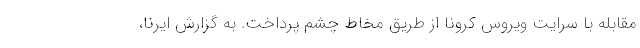
مقابله با سرایت ویروس کرونا از طریق مخاط چشم پرداخت. به گزارش ایرنا،